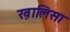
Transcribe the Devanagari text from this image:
ख़ालिसा